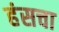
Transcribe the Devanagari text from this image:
हंसचा